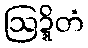
ဩဍ္ဍိတံ